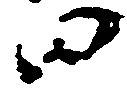
田